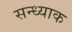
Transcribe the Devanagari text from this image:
सन्ध्याक